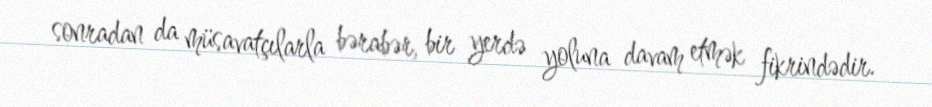
sonradan da müsavatçılarla bərabər, bir yerdə yoluna davam etmək fikrindədir.